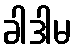
ခါဒါမ